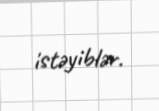
istəyiblər.